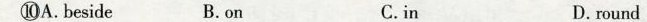
⑩A.beside B.on C.in D. round